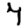
Digit: 7